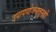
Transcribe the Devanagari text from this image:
उपाययोजनातूनही